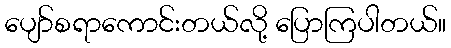
ပျော်စရာကောင်းတယ်လို့ ပြောကြပါတယ်။